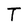
Character: T